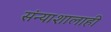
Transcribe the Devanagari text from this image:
संन्याशालाही